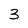
Character: 3